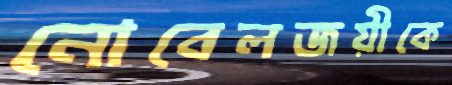
নোবেলজয়ীকে